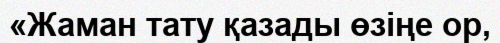
«Жаман тату қазады өзіңе ор,